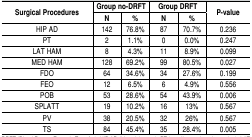
<table><thead><tr><td rowspan="2"><b>Surgical Procedures</b></td><td colspan="2"><b>Group no-DRFT</b></td><td colspan="2"><b>Group DRFT</b></td><td rowspan="2"><b>P-value</b></td></tr><tr><td><b>N</b></td><td><b>%</b></td><td><b>N</b></td><td><b>%</b></td></tr></thead><tbody><tr><td>HIP AD</td><td>142</td><td>76.8%</td><td>87</td><td>70.7%</td><td>0.236</td></tr><tr><td>PT</td><td>2</td><td>1.1%</td><td>0</td><td>0.0%</td><td>0.247</td></tr><tr><td>LAT HAM</td><td>8</td><td>4.3%</td><td>11</td><td>8.9%</td><td>0.099</td></tr><tr><td>MED HAM</td><td>128</td><td>69.2%</td><td>99</td><td>80.5%</td><td>0.027</td></tr><tr><td>FDO</td><td>64</td><td>34.6%</td><td>34</td><td>27.6%</td><td>0.199</td></tr><tr><td>FEO</td><td>12</td><td>6.5%</td><td>6</td><td>4.9%</td><td>0.556</td></tr><tr><td>POB</td><td>53</td><td>28.6%</td><td>54</td><td>43.9%</td><td>0.006</td></tr><tr><td>SPLATT</td><td>19 </td><td>10.2%</td><td>16</td><td>13%</td><td>0.567</td></tr><tr><td>PV</td><td>38</td><td>20.5%</td><td>32</td><td>26%</td><td>0.567</td></tr><tr><td>TS</td><td>84</td><td>45.4%</td><td>35</td><td>28.4%</td><td>0.005</td></tr></tbody></table>